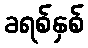
ခရစ်နှစ်